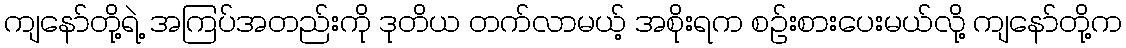
ကျနော်တို့ရဲ့ အကြပ်အတည်းကို ဒုတိယ တက်လာမယ့် အစိုးရက စဉ်းစားပေးမယ်လို့ ကျနော်တို့က